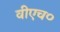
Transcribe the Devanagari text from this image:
वीएच०